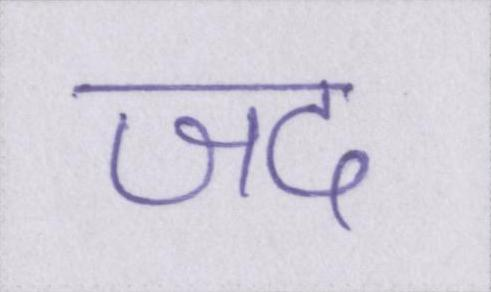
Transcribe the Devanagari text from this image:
जद